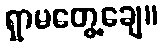
ရှာမတွေ့ချေ။